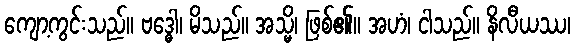
ကျော့ကွင်းသည်။ ဗဒ္ဓေါ၊ မိသည်။ အသ္မိ၊ ဖြစ်၏။ အဟံ၊ ငါသည်။ နိလီယဿ၊